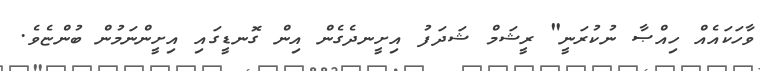
ވާހަކައެއް ހިއްޞާ ނުކުރަނީ" ރީޝަމް ޝަދަފު އިށީނދެގެން އިން ގޮނޑީގައި އިށީންނަމުން ބުންޏެވެ.